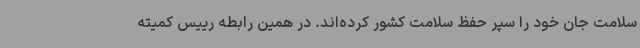
سلامت جان خود را سپر حفظ سلامت کشور کرده‌اند. در همین رابطه رییس کمیته